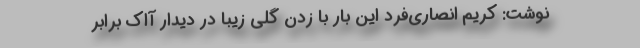
نوشت: کریم انصاری‌فرد این بار با زدن گلی زیبا در دیدار آاِک برابر